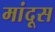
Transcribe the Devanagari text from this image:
मांदूस